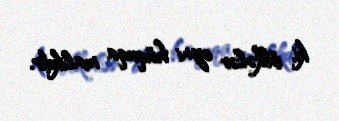
ki, ölkələr eyni hüquqa malikdir.